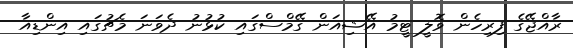
ރާއްޖޭގެ ފިރިހެން ވޮލީ ޓީމު އޭޝިއަން ގޭމްސްގައި ކުޅުނު ދެވަނަ މެޗުގައި އިންޑިއާ